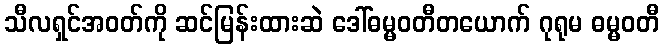
သီလရှင်အဝတ်ကို ဆင်မြန်းထားဆဲ ဒေါ်ဓမ္မဝတီတယောက် ဂုရုမ ဓမ္မဝတီ